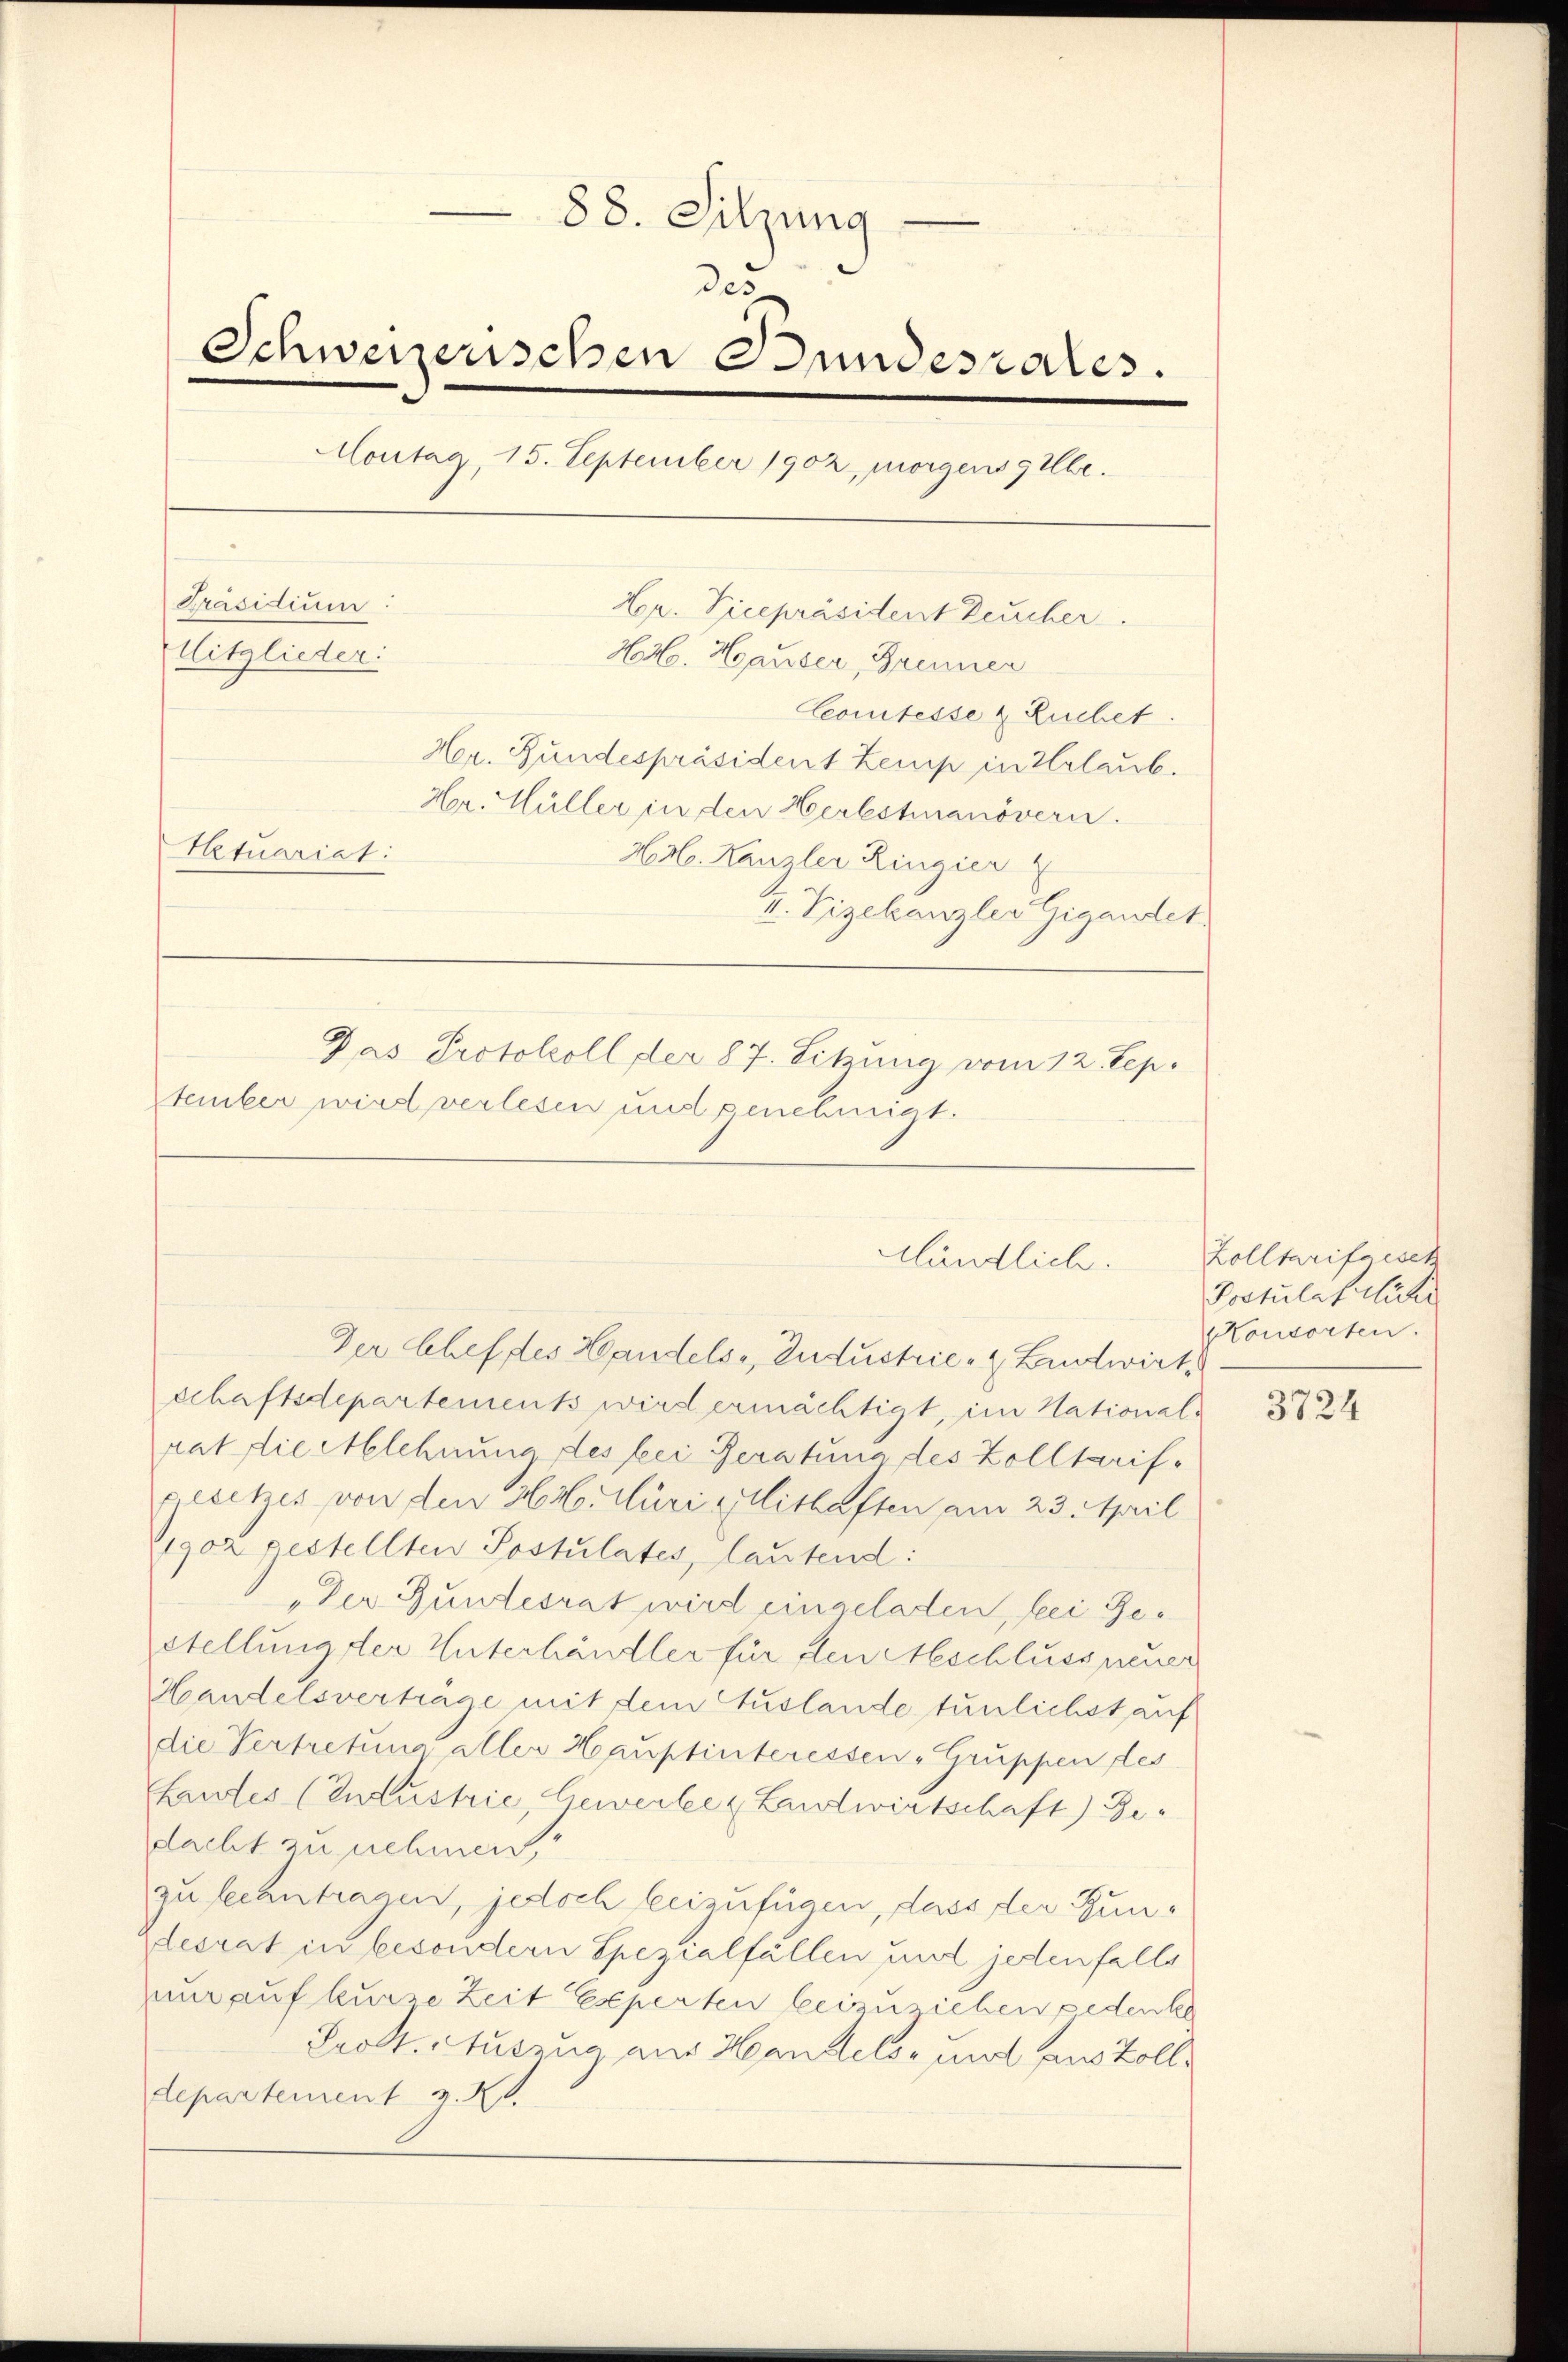
88. Sitzung
des
Schweizerischen Bundesrates.
Montag, 15. September 1902, morgens 9 Ulbe.
Präsidium:
Hr. Vicepräsident Deucher
Mitglieder:
H. Hauser, Brenner
Comtesse & Ruchet.
Her. Bundespräsident Zemp in Urlaub.
Hr. Hüller in den Herbstmanövern.
Actuariat:
Hrl. Kanzler Ringier
v. Vizekanzler Gigandet
Das Protokoll der 87. Sitzung vom 12. Sep.
tember wird verlesen und genehmigt.

Kländliche.

Der Schef des Handels, Industrie-Batwirk
schaftsdepartements wird ermächtigt, im National-
rat die Ablehnung des bei Beratung des Zolltarifs
gesetzes von den Hr. Curi Mithaften am 23. April
1902 gestellten Postulates, lautend:
"Der Bundesrat wird eingeladen, bei Gestellung der Unterhändler für den Aeschluss neuer
Handelsvertrage mit dem Auslande tunlichst auf
die Vertretung aller Hauptinteressen Gruppen fes
haufes (Inlustrie, Gewerbe u Landwirtschaft) Gedacht zu nehmen,
zu beantragen, jedoch beizufügen, dass der Gunlesrat in besondern Spezialfällen und jedenfalls
nur auf kurze Zeit Experten beizuziehen gedenke
Prot. Auszug aus Handels- und aus Zolldepartement z. R.

Zolltarifersch
Postulaterliche
HConsorten.

3724